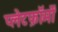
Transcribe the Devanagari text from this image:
प्लेटफ़ॉर्मों